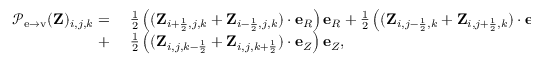
\begin{array} { r l } { { \mathcal { P } } _ { \mathrm { e \rightarrow v } } ( \mathbf { Z } ) _ { i , j , k } = ~ } & { { } \frac { 1 } { 2 } \left( ( \mathbf { Z } _ { i + \frac { 1 } { 2 } , j , k } + \mathbf { Z } _ { i - \frac { 1 } { 2 } , j , k } ) \cdot \mathbf { e } _ { R } \right) \mathbf { e } _ { R } + \frac { 1 } { 2 } \left( ( \mathbf { Z } _ { i , j - \frac { 1 } { 2 } , k } + \mathbf { Z } _ { i , j + \frac { 1 } { 2 } , k } ) \cdot \mathbf { e } _ { \phi } \right) \mathbf { e } _ { \phi } } \\ { + ~ } & { { } \frac { 1 } { 2 } \left( ( \mathbf { Z } _ { i , j , k - \frac { 1 } { 2 } } + \mathbf { Z } _ { i , j , k + \frac { 1 } { 2 } } ) \cdot \mathbf { e } _ { Z } \right) \mathbf { e } _ { Z } , } \end{array}